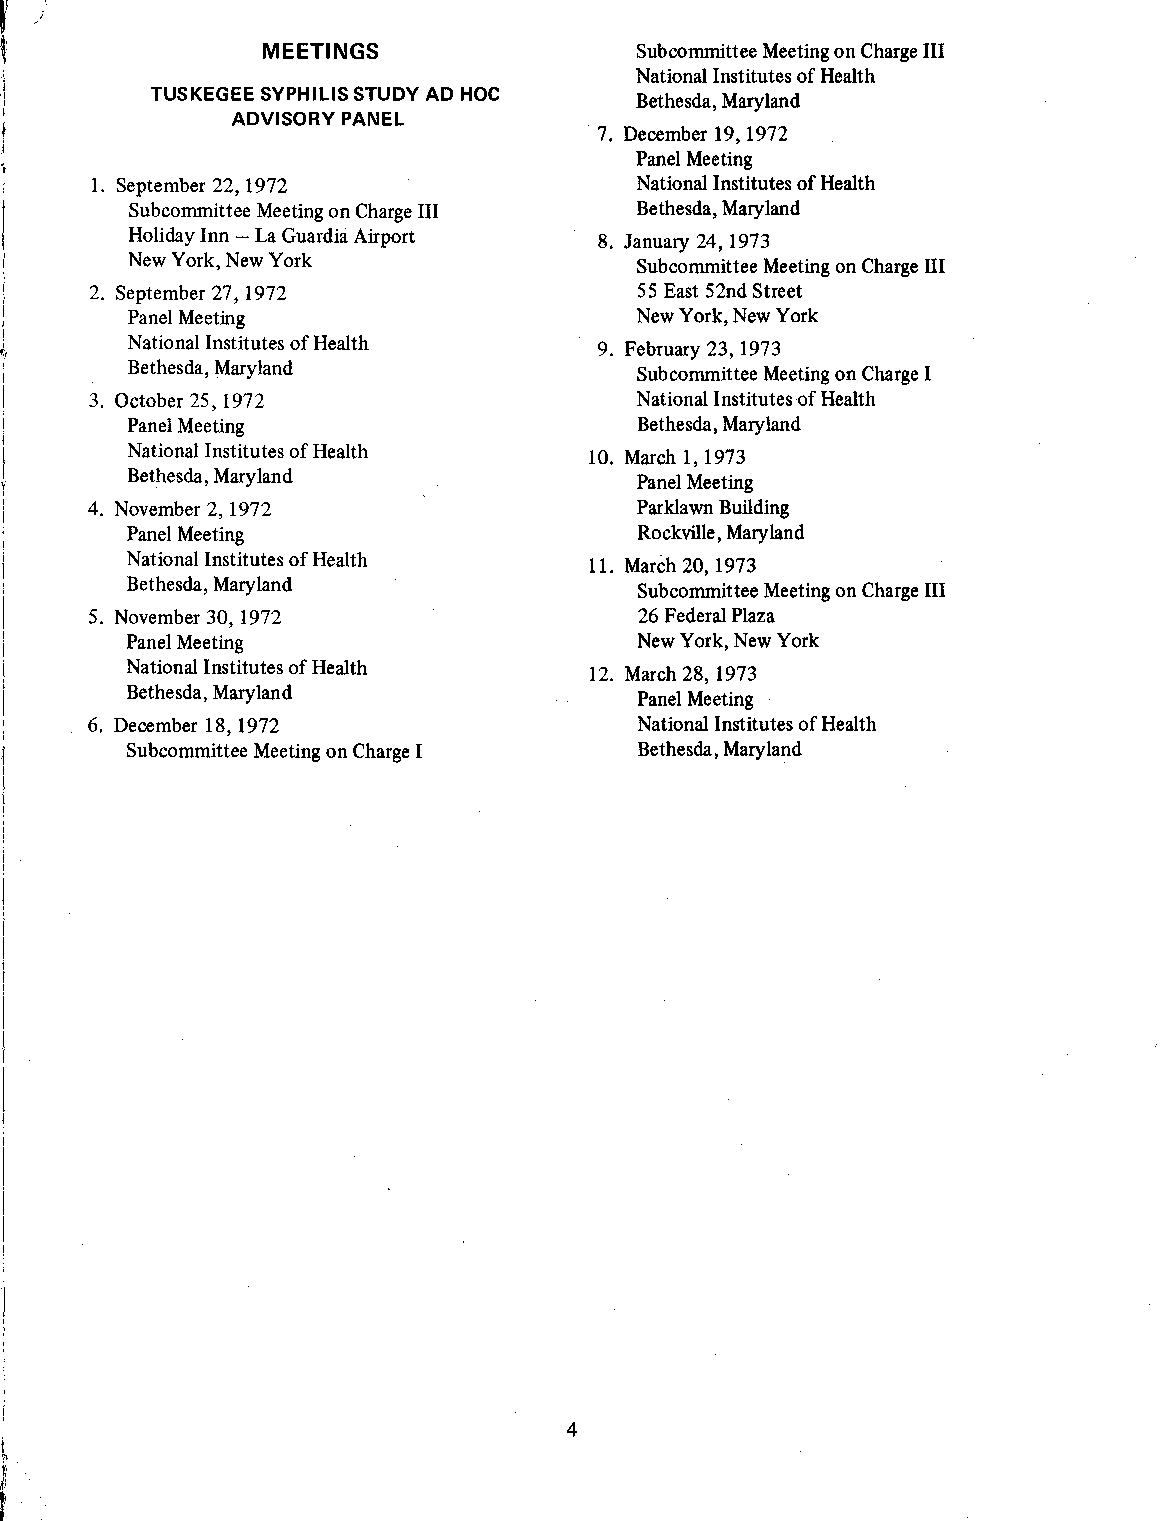
MEETINGS                 Subcommittee Meeting on Charge III
 National Institutes of Health
 TUSKEGEE SYPHILIS STUDY AD HOC   Bethesda, Maryland
 ADVISORY PANEL
 7. December 19, 1972
 Panel Meeting
 1. September 22, 1972               National Institutes of Health
 Subcommittee Meeting on Charge III Bethesda, Maryland
 Holiday Inn - La Guardia Airport 8. January 24, 1973
 New York, New York                Subcommittee Meeting on Charge III
 2. September 27, 1972                55 East 52nd Street
 Panel Meeting                     New York, New York
 National Institutes of Health  9. February 23, 1973
 Bethesda, Maryland                Subcommittee Meeting on Charge I
 3. October 25, 1972                  National Institutes of Health
 Panel Meeting                     Bethesda, Maryland
 National Institutes of Health 10. March 1, 1973
 Bethesda, Maryland                Panel Meeting
 4. November 2, 1972                  Parklawn Building
 Panel Meeting                     Rockville, Maryland
 National Institutes of Health 11. March 20, 1973
 Bethesda, Maryland                Subcommittee Meeting on Charge III
 5. November 30, 1972                 26 Federal Plaza
 Panel Meeting                     New York, New York
 National Institutes of Health  12. March 28, 1973
 Bethesda, Maryland                Panel Meeting
 6. December 18, 1972                 National Institutes of Health
 Subcommittee Meeting on Charge I  Bethesda, Maryland
 I
 4